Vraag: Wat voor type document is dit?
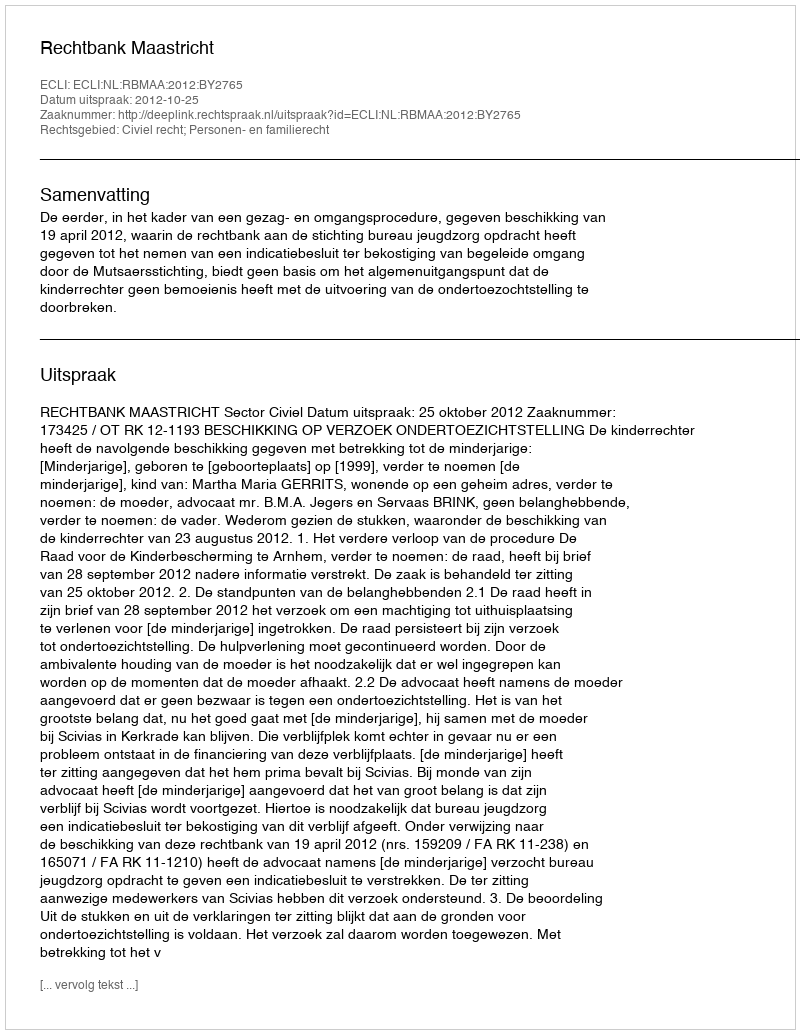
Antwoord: Uitspraak